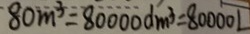
8 0 m ^ { 3 } = 8 0 0 0 0 d m ^ { 3 } = 8 0 0 0 0 L